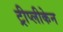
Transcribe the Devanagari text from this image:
ट्रीप्लीकेन